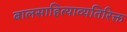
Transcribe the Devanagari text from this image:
बालसाहित्याव्यतिरिक्त